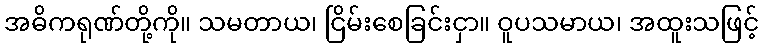
အဓိကရုဏ်တို့ကို။ သမတာယ၊ ငြိမ်းစေခြင်းငှာ။ ဝူပသမာယ၊ အထူးသဖြင့်